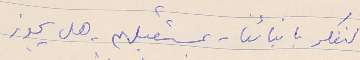
لنفكر بابنائنا - بمستقبلهم - هل يجوز